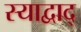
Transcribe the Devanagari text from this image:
स्याद्वाद्